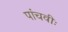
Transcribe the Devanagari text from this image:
पांचवीः